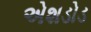
એશડોડ